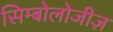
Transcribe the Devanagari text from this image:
सिम्बोलोजीज़